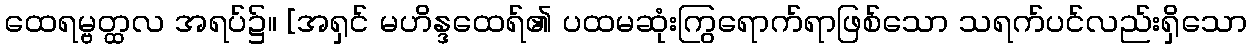
ထေရမ္ဗတ္ထလ အရပ်၌။ [အရှင် မဟိန္ဒထေရ်၏ ပထမဆုံးကြွရောက်ရာဖြစ်သော သရက်ပင်လည်းရှိသော